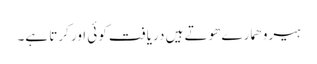
ہیرو ھمارے ھوتے ہیں دریافت کوئی اور کرتا ہے۔